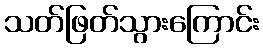
သတ်ဖြတ်သွားကြောင်း